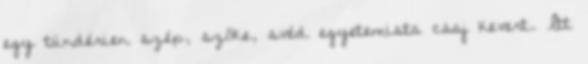
egy tündérien szép, szőke, svéd egyetemista csaj kevert. Itt